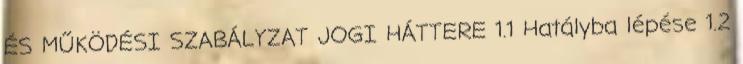
ÉS MŰKÖDÉSI SZABÁLYZAT JOGI HÁTTERE 1.1 Hatályba lépése 1.2